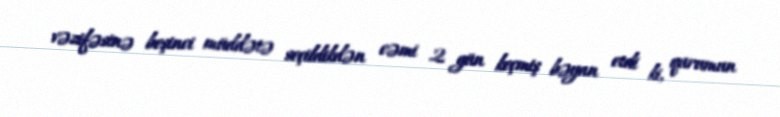
vəzifəsinə beşinci müddətə seçildikdən cəmi 2 gün keçmiş bəyan etdi ki, qurumun